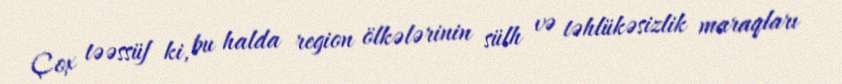
Çox təəssüf ki, bu halda region ölkələrinin sülh və təhlükəsizlik maraqları